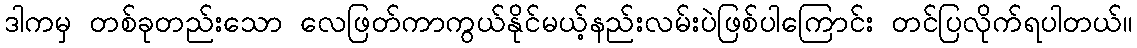
ဒါကမှ တစ်ခုတည်းသော လေဖြတ်ကာကွယ်နိုင်မယ့်နည်းလမ်းပဲဖြစ်ပါကြောင်း တင်ပြလိုက်ရပါတယ်။